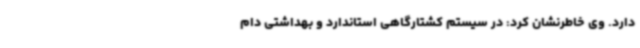
دارد. وی خاطرنشان کرد: در سیستم کشتارگاهی استاندارد و بهداشتی دام